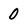
Character: 0